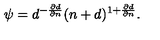
\psi = \displaystyle { d ^ { - \frac { \partial d } { \partial n } } ( n + d ) ^ { 1 + \frac { \partial d } { \partial n } } } .